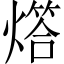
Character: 𤏧